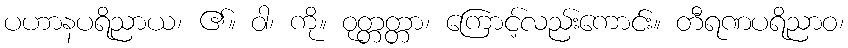
ပဟာနပရိညာယ၊ ၏။ ဝါ၊ ကို။ ဝုတ္တတ္တာ၊ ကြောင့်လည်းကောင်း။ တီရဏပရိညာဝ၊